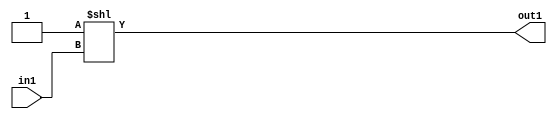
`timescale 1ps / 1ps
/*****************************************************************************
    Verilog RTL Description
    
    
    Created by: Stratus DpOpt 2019.1.01 
*******************************************************************************/

module SobelFilter_DECODE_8U_9_4 (
	in1,
	out1
	); /* architecture "behavioural" */ 
input [2:0] in1;
output [7:0] out1;
wire [7:0] asc001;

assign asc001 = 8'B00000001 << in1;

assign out1 = asc001;
endmodule

/* CADENCE  urjwSwE= : u9/ySgnWtBlWxVPRXgAZ4Og= ** DO NOT EDIT THIS LINE ******/